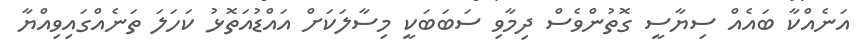
އަނެއްކާ ބައެއް ސިޔާސީ ގޮތުންވެސް ދިމާވި ސަބަބަކީ މިސާލަކަށް އައްޑުއަތޮޅު ކަހަލަ ތަނެއްގައިވިއްޔާ